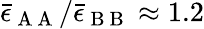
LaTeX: \bar{\epsilon}_{\mathrm{~A~A~}}/\bar{\epsilon}_{\mathrm{~B~B~}}\approx 1.2